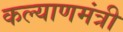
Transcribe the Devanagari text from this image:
कल्याणमंत्री